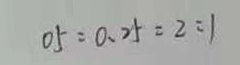
0 . 5 : 0 . 2 5 = 2 : 1